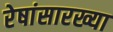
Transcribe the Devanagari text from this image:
रेषांसारख्या